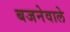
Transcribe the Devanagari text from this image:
बजनेवाले